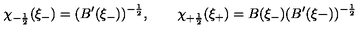
\chi _ { - \frac { 1 } { 2 } } ( \xi _ { - } ) = ( B ^ { \prime } ( \xi _ { - } ) ) ^ { - \frac { 1 } { 2 } } , \qquad \chi _ { + \frac { 1 } { 2 } } ( \xi _ { + } ) = B ( \xi _ { - } ) ( B ^ { \prime } ( \xi { - } ) ) ^ { - \frac { 1 } { 2 } }